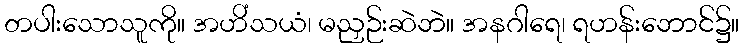
တပါးသောသူကို။ အဟိံသယံ၊ မညှဉ်းဆဲဘဲ။ အနဂါရေ၊ ရဟန်းဘောင်၌။